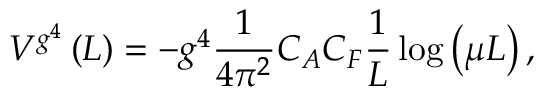
V ^ { g ^ { 4 } } \left( L \right) = - g ^ { 4 } \frac { 1 } { { 4 \pi ^ { 2 } } } C _ { A } C _ { F } \frac { 1 } { L } \log \left( { \mu L } \right) ,